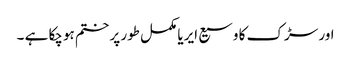
اور سڑک کا وسیع ایریا مکمل طور پر ختم ہوچکا ہے ۔